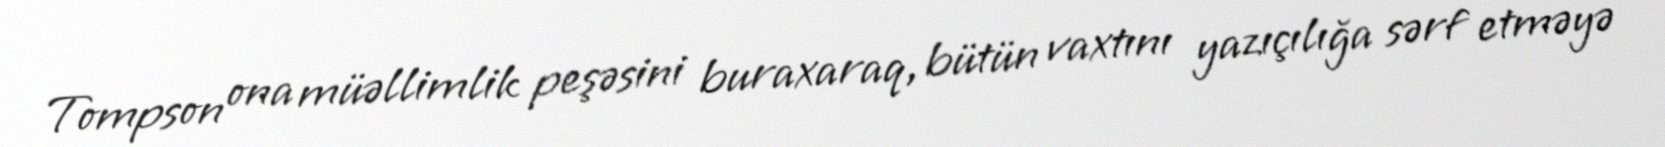
Tompson ona müəllimlik peşəsini buraxaraq, bütün vaxtını yazıçılığa sərf etməyə